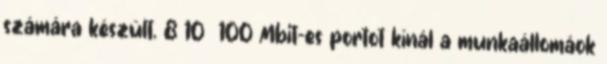
számára készült. 8 10 100 Mbit-es portot kínál a munkaállomáok